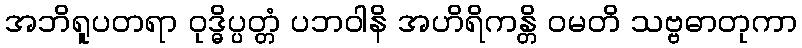
အဘိရူပတရာ ဝုဒ္ဓိပ္ပတ္တံ ပဘဝါနိ အဟိရိကန္တိ ဝမတိ သဗ္ဗဓာတုကာ